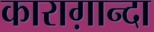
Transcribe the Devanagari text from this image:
काराग़ान्दा